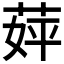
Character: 𬝈